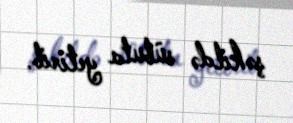
şəkildə sübuta yetirib.